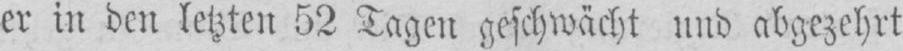
er in den letzten 52 Tagen geschwächt und abgezehrt